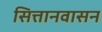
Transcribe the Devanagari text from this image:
सित्तानवासन